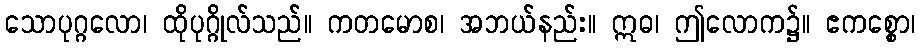
သောပုဂ္ဂလော၊ ထိုပုဂ္ဂိုလ်သည်။ ကတမောစ၊ အဘယ်နည်း။ ဣဓ၊ ဤလောက၌။ ဧကစ္စော၊